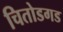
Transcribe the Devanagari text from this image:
चितोडगड